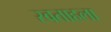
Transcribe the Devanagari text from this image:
स्वताहला